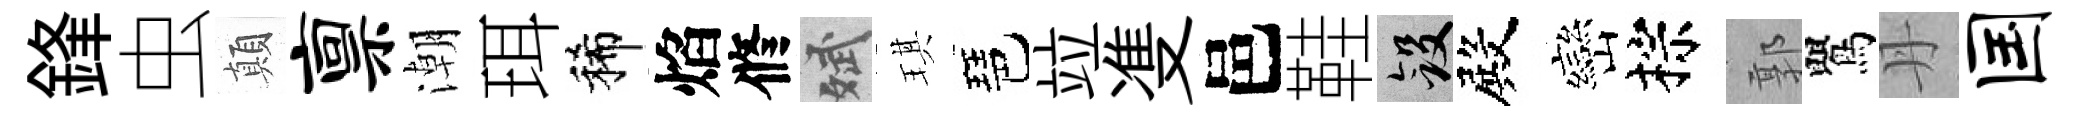
鋒虫顛禀潮珥稀焰修斌琪琶竝㕠邑鞋斂殿巒棕郭鸎丹国